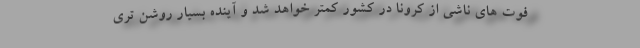
فوت های ناشی از کرونا در کشور کمتر خواهد شد و آینده بسیار روشن تری